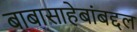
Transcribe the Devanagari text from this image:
बाबासाहेबांबद्दल